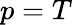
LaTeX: p=T